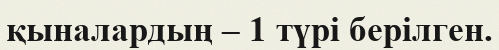
қыналардың – 1 түрі берілген.